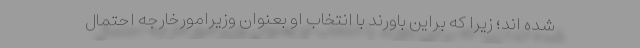
شده اند؛ زیرا که براین باورند با انتخاب او بعنوان وزیرامورخارجه احتمال